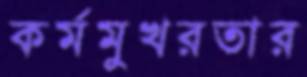
কর্মমুখরতার